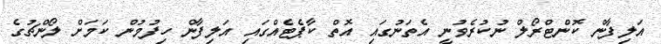
އަލިފާން ކޮންޓްރޯލް ނުކުރެވުނީ އެތަނުގައި އޮތް ކާޕެޓެއްގައި އަލިފާން ހިފުމުން ކަމަށް ލޯންޗުގެ